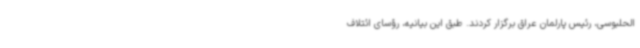
الحلبوسی، رئیس پارلمان عراق برگزار کردند. طبق این بیانیه، رؤسای ائتلاف